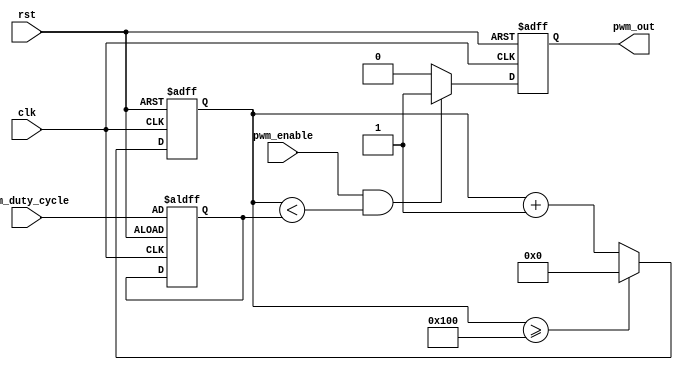
module pwm_timer(
    input wire clk,
    input wire rst,
    input wire pwm_enable,
    input wire [7:0] pwm_duty_cycle,
    output reg pwm_out
);

reg [15:0] counter;
reg [7:0] compare_value;

always @(posedge clk or posedge rst) begin
    if (rst) begin
        counter <= 16'h0000;
        compare_value <= pwm_duty_cycle;
        pwm_out <= 0;
    end else begin
        counter <= counter + 1;
        if (counter >= 256) begin
            counter <= 16'h0000;
        end
        if (pwm_enable && (counter < compare_value)) begin
            pwm_out <= 1;
        end else begin
            pwm_out <= 0;
        end
    end
end

endmodule